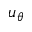
u _ { \theta }